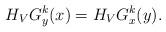
LaTeX: \begin{align*}H_VG^k_y(x)=H_VG^k_x(y).\end{align*}